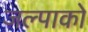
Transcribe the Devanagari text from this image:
जल्पाको